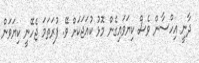
ދާނީ އިހްސާން ވެސް ކިޔަވައިގެން މޮޅު ކުއަޖަކަށް ވޭ. ފުރަތަމަ ޖެހޭނީ ކިޔަވަން